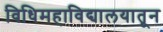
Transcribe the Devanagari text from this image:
विधिमहाविद्यालयातून